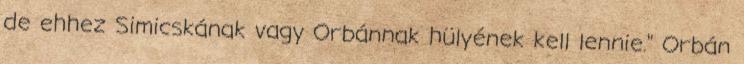
de ehhez Simicskának vagy Orbánnak hülyének kell lennie." Orbán